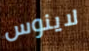
لاينوس